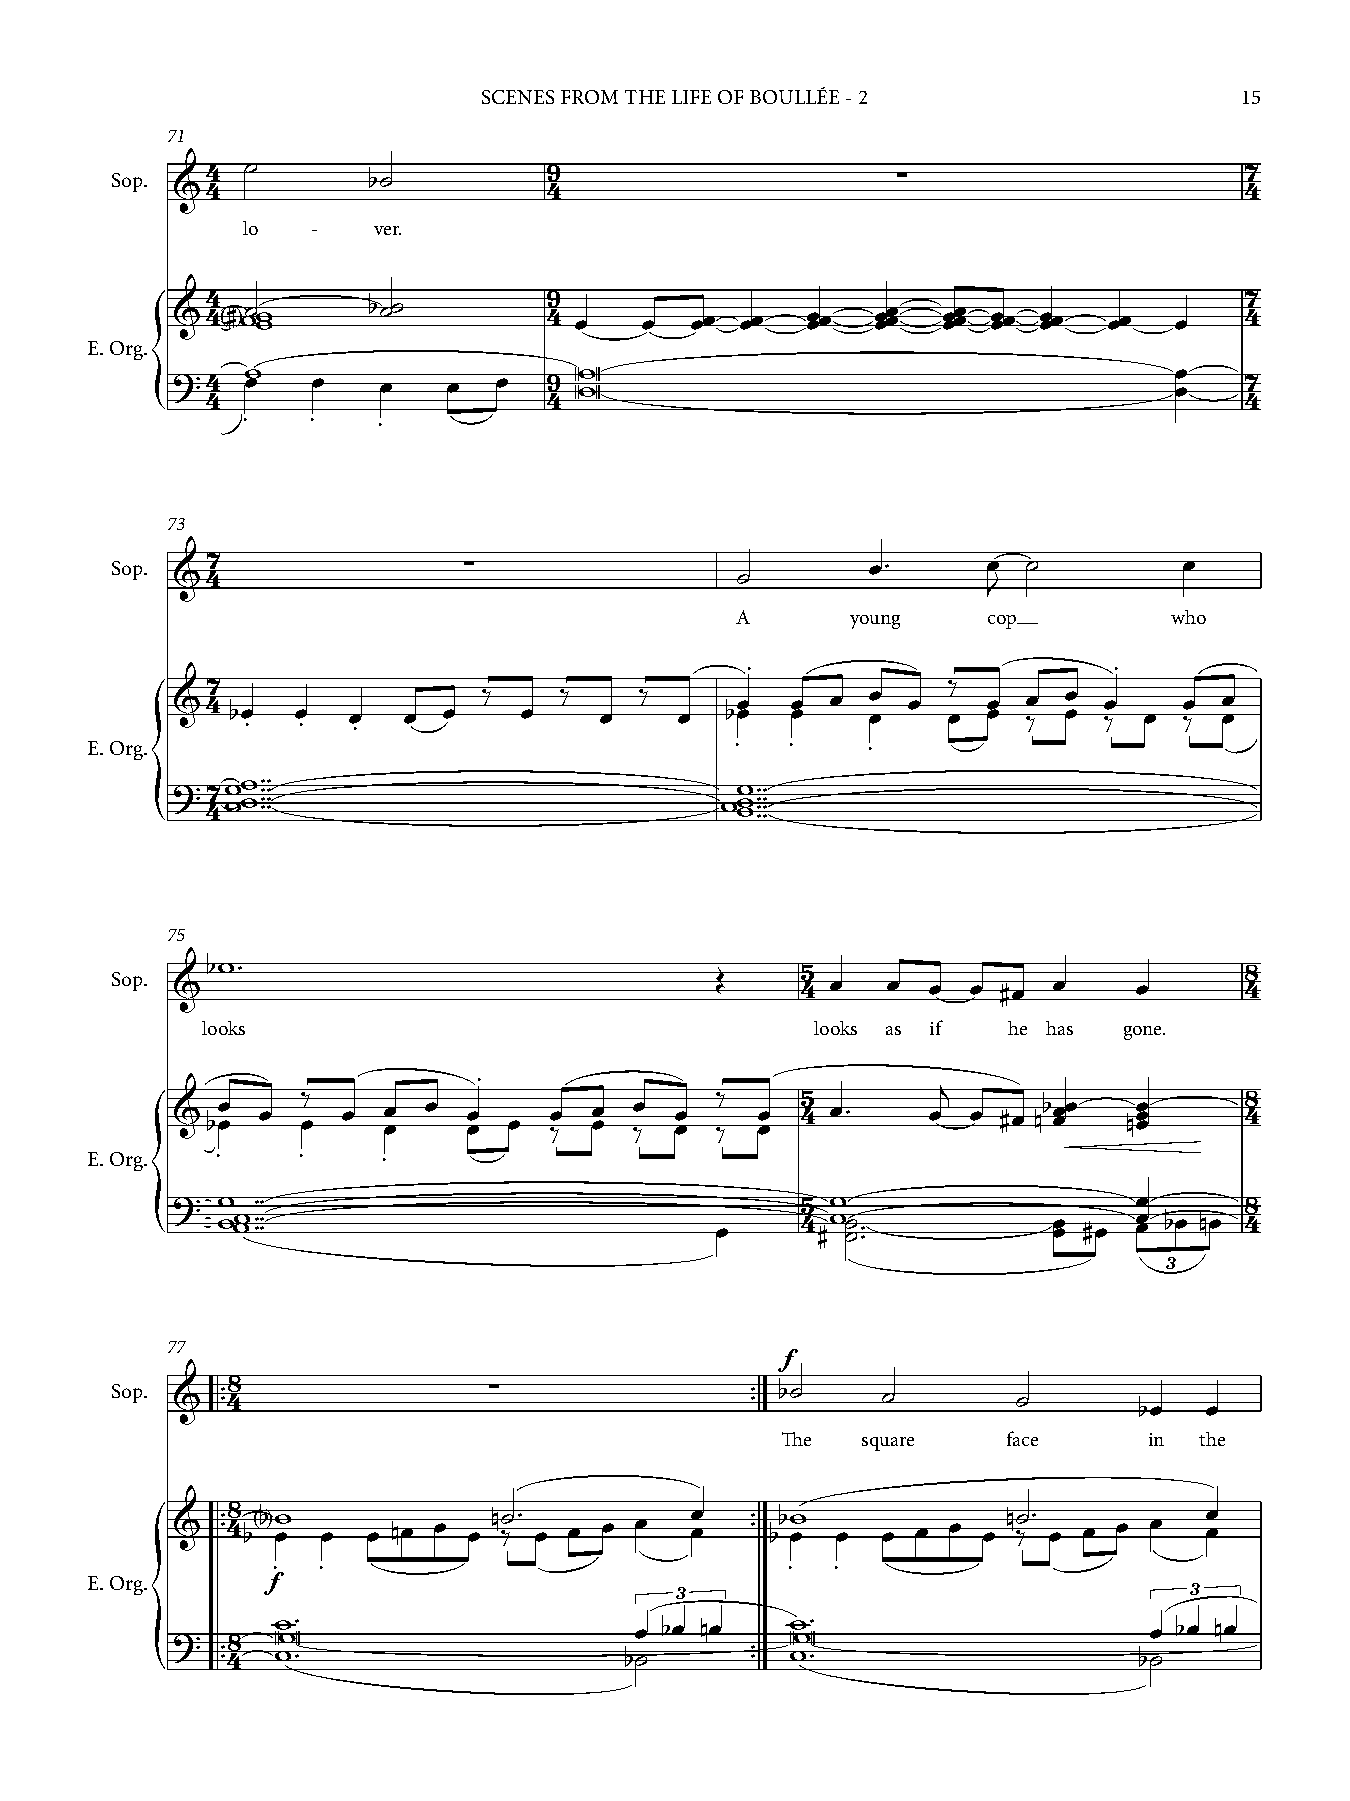
SCENES FROM THE LIFE OF BOULLÉE - 2               15
 71
 4 ˙                   9                                             7
 Sop.             b˙                                 ∑
 &4                       4                                             4
 lo   -   ver.
 4                     9                                             7
 &4  <# >w˙w w b˙˙        4 œ    œ  œœ œœ  œœœ  œœœœ œœœœ œœœ œœœ œœ œ  4
 E. Org.
 w                     W                                       œ
 ?4   œ    œ   œ    œ  œ  9 W                                       œ   7
 4                     4                                             4
 {     .    .   .
 73
 Sop. &47                ∑
 ˙
 œ™     œ  ˙         œ
 J
 A      young    cop          who
 .                        .
 7                                                ‰
 &4                   ‰    ‰    ‰      œ  œ  œ  œ œ    œ  œ  œ œ    œ  œ
 bœ . œ . œ . œ œ   œ     œ    œ  bœ  œ     œ    œ œ  ‰  œ ‰  œ ‰  œ
 E. Org.                                    .  .    .
 ?  47w ww w ™™™™ ™™™™                ww w w™™™ ™™™
 {                                       ™™
 75
 Sop. &bw ™                              Œ     45 œ  œ œ  œ #œ  œ    œ      48
 looks                                    looks as if  he has gone.
 .
 ‰                          ‰     5        j                   8
 &  bœœ œ œ  œ œœ œ  œ œ œ ‰œ œœ ‰œ œœ ‰ œ œ 4 œ ™ œ  œ #œ nb œœœ nœœœ  4
 E. Org. .     .    .
 ?  w  ™™                                  5 w                   œ      8
 {   www ™™ ™™™                       œ     4 #w˙ ˙™         œ œ #œ œ œ bœ nœ 4
 ™
 3
 77
 f
 8
 Sop. &  ™ ™4             ∑                ™ ™ b˙  ˙        ˙       bœ   œ
 The  square    face     in the
 &   ™ ™48 b<b >w œ œ œ nœ œ œ n˙ ‰ ™ œ œ œ œ œ œ ™ ™ bbw œ œ œ œ œ œ n˙ ‰ ™ œ œ œ œ œ œ
 .  .                              .  .
 E. Org.     f
 3                                 3
 ?   8
 w W™                    œ bœ nœ   w W™                    œ bœ nœ
 ™ ™4 w ™                  b˙       ™ ™ w ™                  b˙
 {